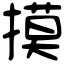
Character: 摸